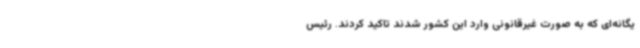
یگانه‌ای که به صورت غیرقانونی وارد این کشور شدند تاکید کردند. رئیس